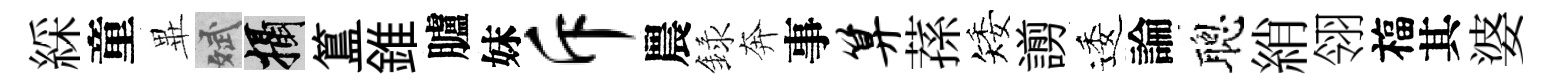
綵童𭺾斌攝簋錐臚妹斥農録奔事算蓀矮謭逶論聰綃翎福其婆